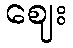
ဈေး